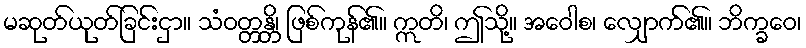
မဆုတ်ယုတ်ခြင်းငှာ။ သံဝတ္တန္တိ၊ ဖြစ်ကုန်၏။ ဣတိ၊ ဤသို့။ အဝေါစ၊ လျှောက်၏။ ဘိက္ခဝေ၊